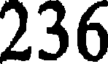
236